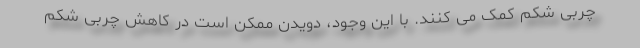
چربی شکم کمک می کنند. با این وجود، دویدن ممکن است در کاهش چربی شکم